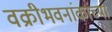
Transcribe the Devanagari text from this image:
वक्रीभवनांकांच्या